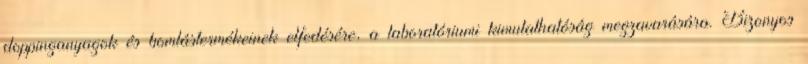
doppinganyagok és bomlástermékeinek elfedésére, a laboratóriumi kimutathatóság megzavarására. Bizonyos